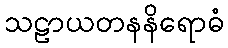
သဠာယတနနိရောဓံ